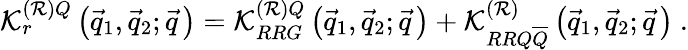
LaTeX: {\cal K}_{r}^{\left({\cal R}\right)Q}\left(\vec{q}_{1},\vec{q}_{2};\vec{q}\, \right)={\cal K}_{RRG}^{\left({\cal R}\right)Q}\left(\vec{q}_{1},\vec{q}_{2};\vec{q}\, \right)+{\cal K}_{RRQ\overline{{{Q}}}}^{\left({\cal R}\right)}\left(\vec{q}_{1},\vec{q}_{2};\vec{q}\, \right)~.